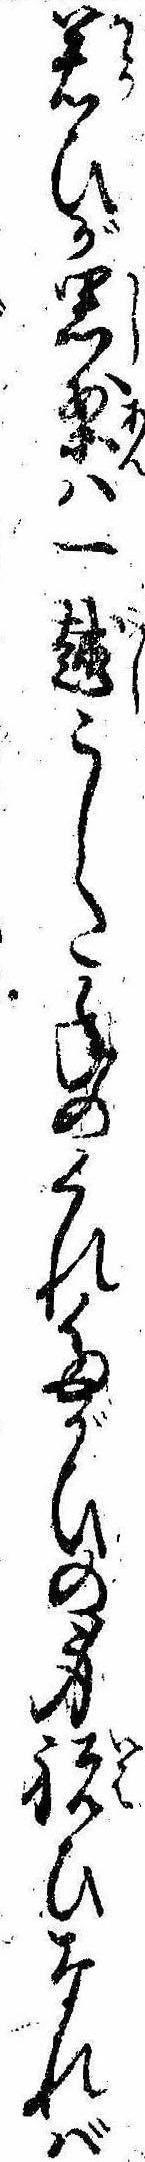
若ひが思案は一越こした年のくれたがひの身祝ひなれば